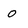
Character: o